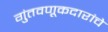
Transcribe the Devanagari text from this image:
गुंतवणूकदारांचे